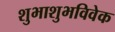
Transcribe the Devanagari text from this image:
शुभाशुभविवेक